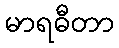
မာရဓီတာ